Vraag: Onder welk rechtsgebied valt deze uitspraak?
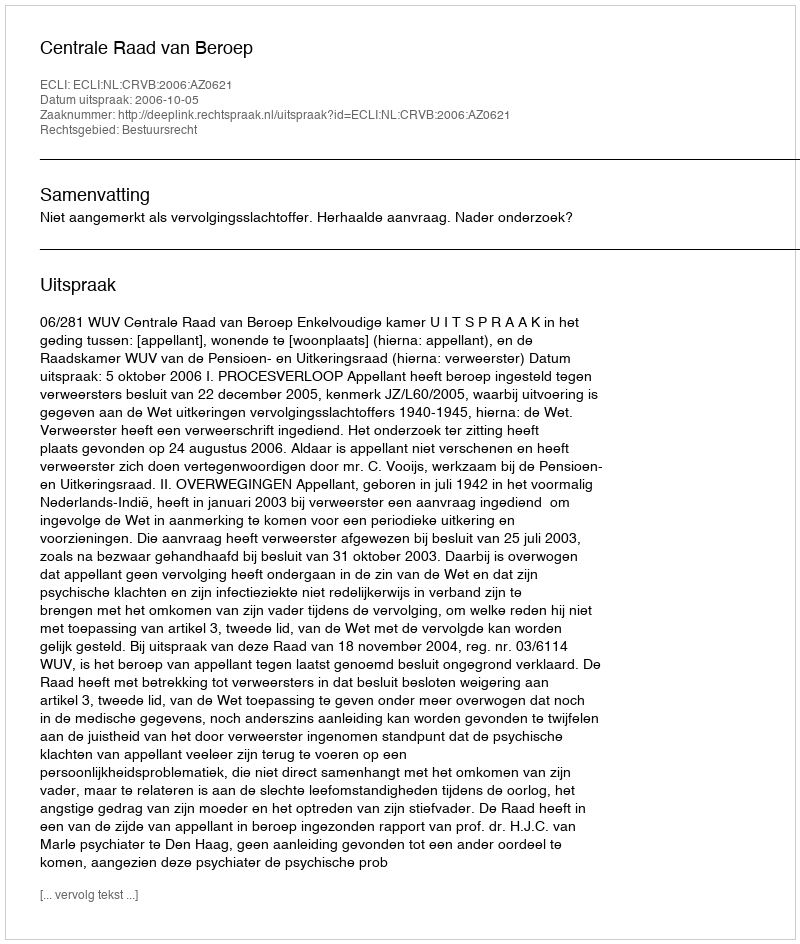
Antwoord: Bestuursrecht